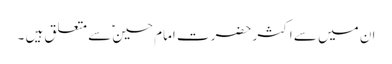
ان میں سے اکثر حضرت امام حسین ؑسے متعلق ہیں ۔